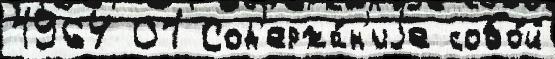
1964 01 Сод'ержа́н'иjе собо́й